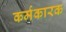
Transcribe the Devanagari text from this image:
कर्मकारक